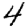
Digit: 4